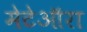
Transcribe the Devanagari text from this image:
मेटेऑरा